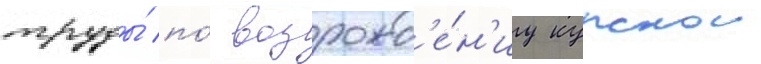
труды́ по́ возрожд'е́н'иу курскои